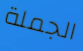
الجملة